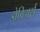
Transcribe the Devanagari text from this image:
झेविअर्स